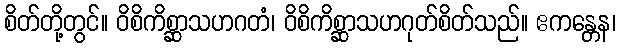
စိတ်တို့တွင်။ ဝိစိကိစ္ဆာသဟဂတံ၊ ဝိစိကိစ္ဆာသဟဂုတ်စိတ်သည်။ ဧကန္တေန၊